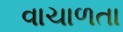
વાચાળતા